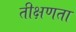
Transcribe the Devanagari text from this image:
तीक्षणता